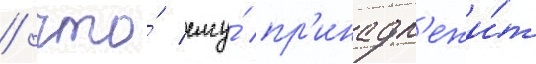
/ что́ ему́ пр'инадл'ежи́т